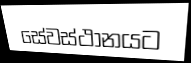
සේවස්ථානයට